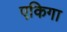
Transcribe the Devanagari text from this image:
एकिगा